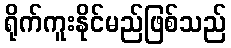
ရိုက်ကူးနိုင်မည်ဖြစ်သည်